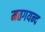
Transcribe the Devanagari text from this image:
मत्तगयन्द